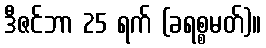
ဒီဇင်ဘာ 25 ရက် (ခရစ္စမတ်)။